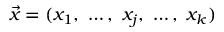
{ \vec { x } } = ( x _ { 1 } , \ \ldots , \ x _ { j } , \ \ldots , \ x _ { k } )